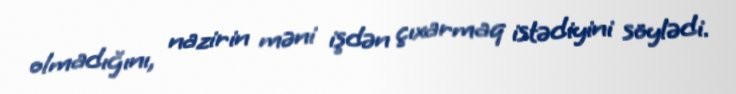
olmadığını, nazirin məni işdən çıxarmaq istədiyini söylədi.